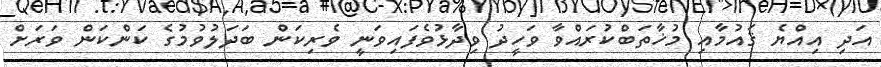
އަދި އިއްޔެ ޤައުމާއި މުޚާތަބްކުރައްވާ ވަހީދު ވިދާޅުވެފައިވަނީ ވެރިކަން ބަދަލުވުމުގެ ކަންކަން ވަރަށް